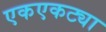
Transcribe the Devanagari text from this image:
एकएकट्या